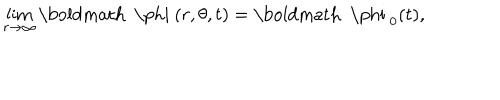
\lim _ { r \rightarrow \infty } \mathrm { \boldmath ~ \ p h i ~ } ( r , \theta , t ) = \mathrm { \boldmath ~ \ p h i ~ } _ { 0 } ( t ) ,